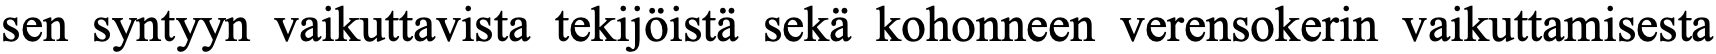
sen syntyyn vaikuttavista tekijöistä sekä kohonneen verensokerin vaikuttamisesta